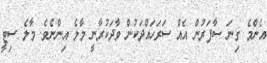
އެންމެ ގިނަ ސާފަރުން އެއް ސަރަަހައްދަކުން ވާދަކުރާނީ މާލެ އިންނެވެ. މާލެ ސިޓީ